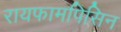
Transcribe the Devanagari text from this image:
रायफामपिसिन